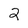
Character: 2